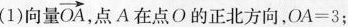
(1)向量\overrightarrow{ O A }点A在点O的正北方向，$$O A = 3$$；